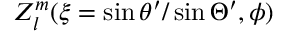
Z _ { l } ^ { m } ( \xi = \sin \theta ^ { \prime } / \sin \Theta ^ { \prime } , \phi )